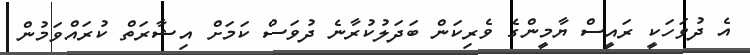
އެ ދުވަހަކީ ރައީސް ޔާމީންގެ ވެރިކަން ބަދަލުކުރާނެ ދުވަސް ކަމަށް އިޝާރަތް ކުރައްވަމުން